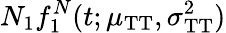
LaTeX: N_{1}f_{1}^{N}(t;\mu_{\mathrm{TT}},\sigma_{\mathrm{TT}}^{2})